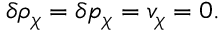
\delta \rho _ { \chi } = \delta p _ { \chi } = v _ { \chi } = 0 .